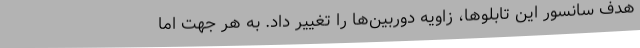
هدف سانسور این تابلوها، زاویه دوربین‌ها را تغییر داد. به هر جهت اما